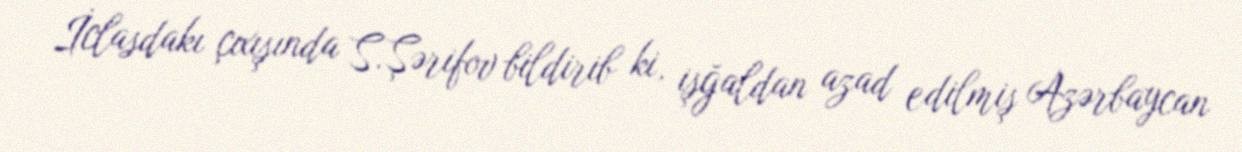
İclasdakı çıxışında S.Şərifov bildirib ki, işğaldan azad edilmiş Azərbaycan